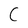
Character: C